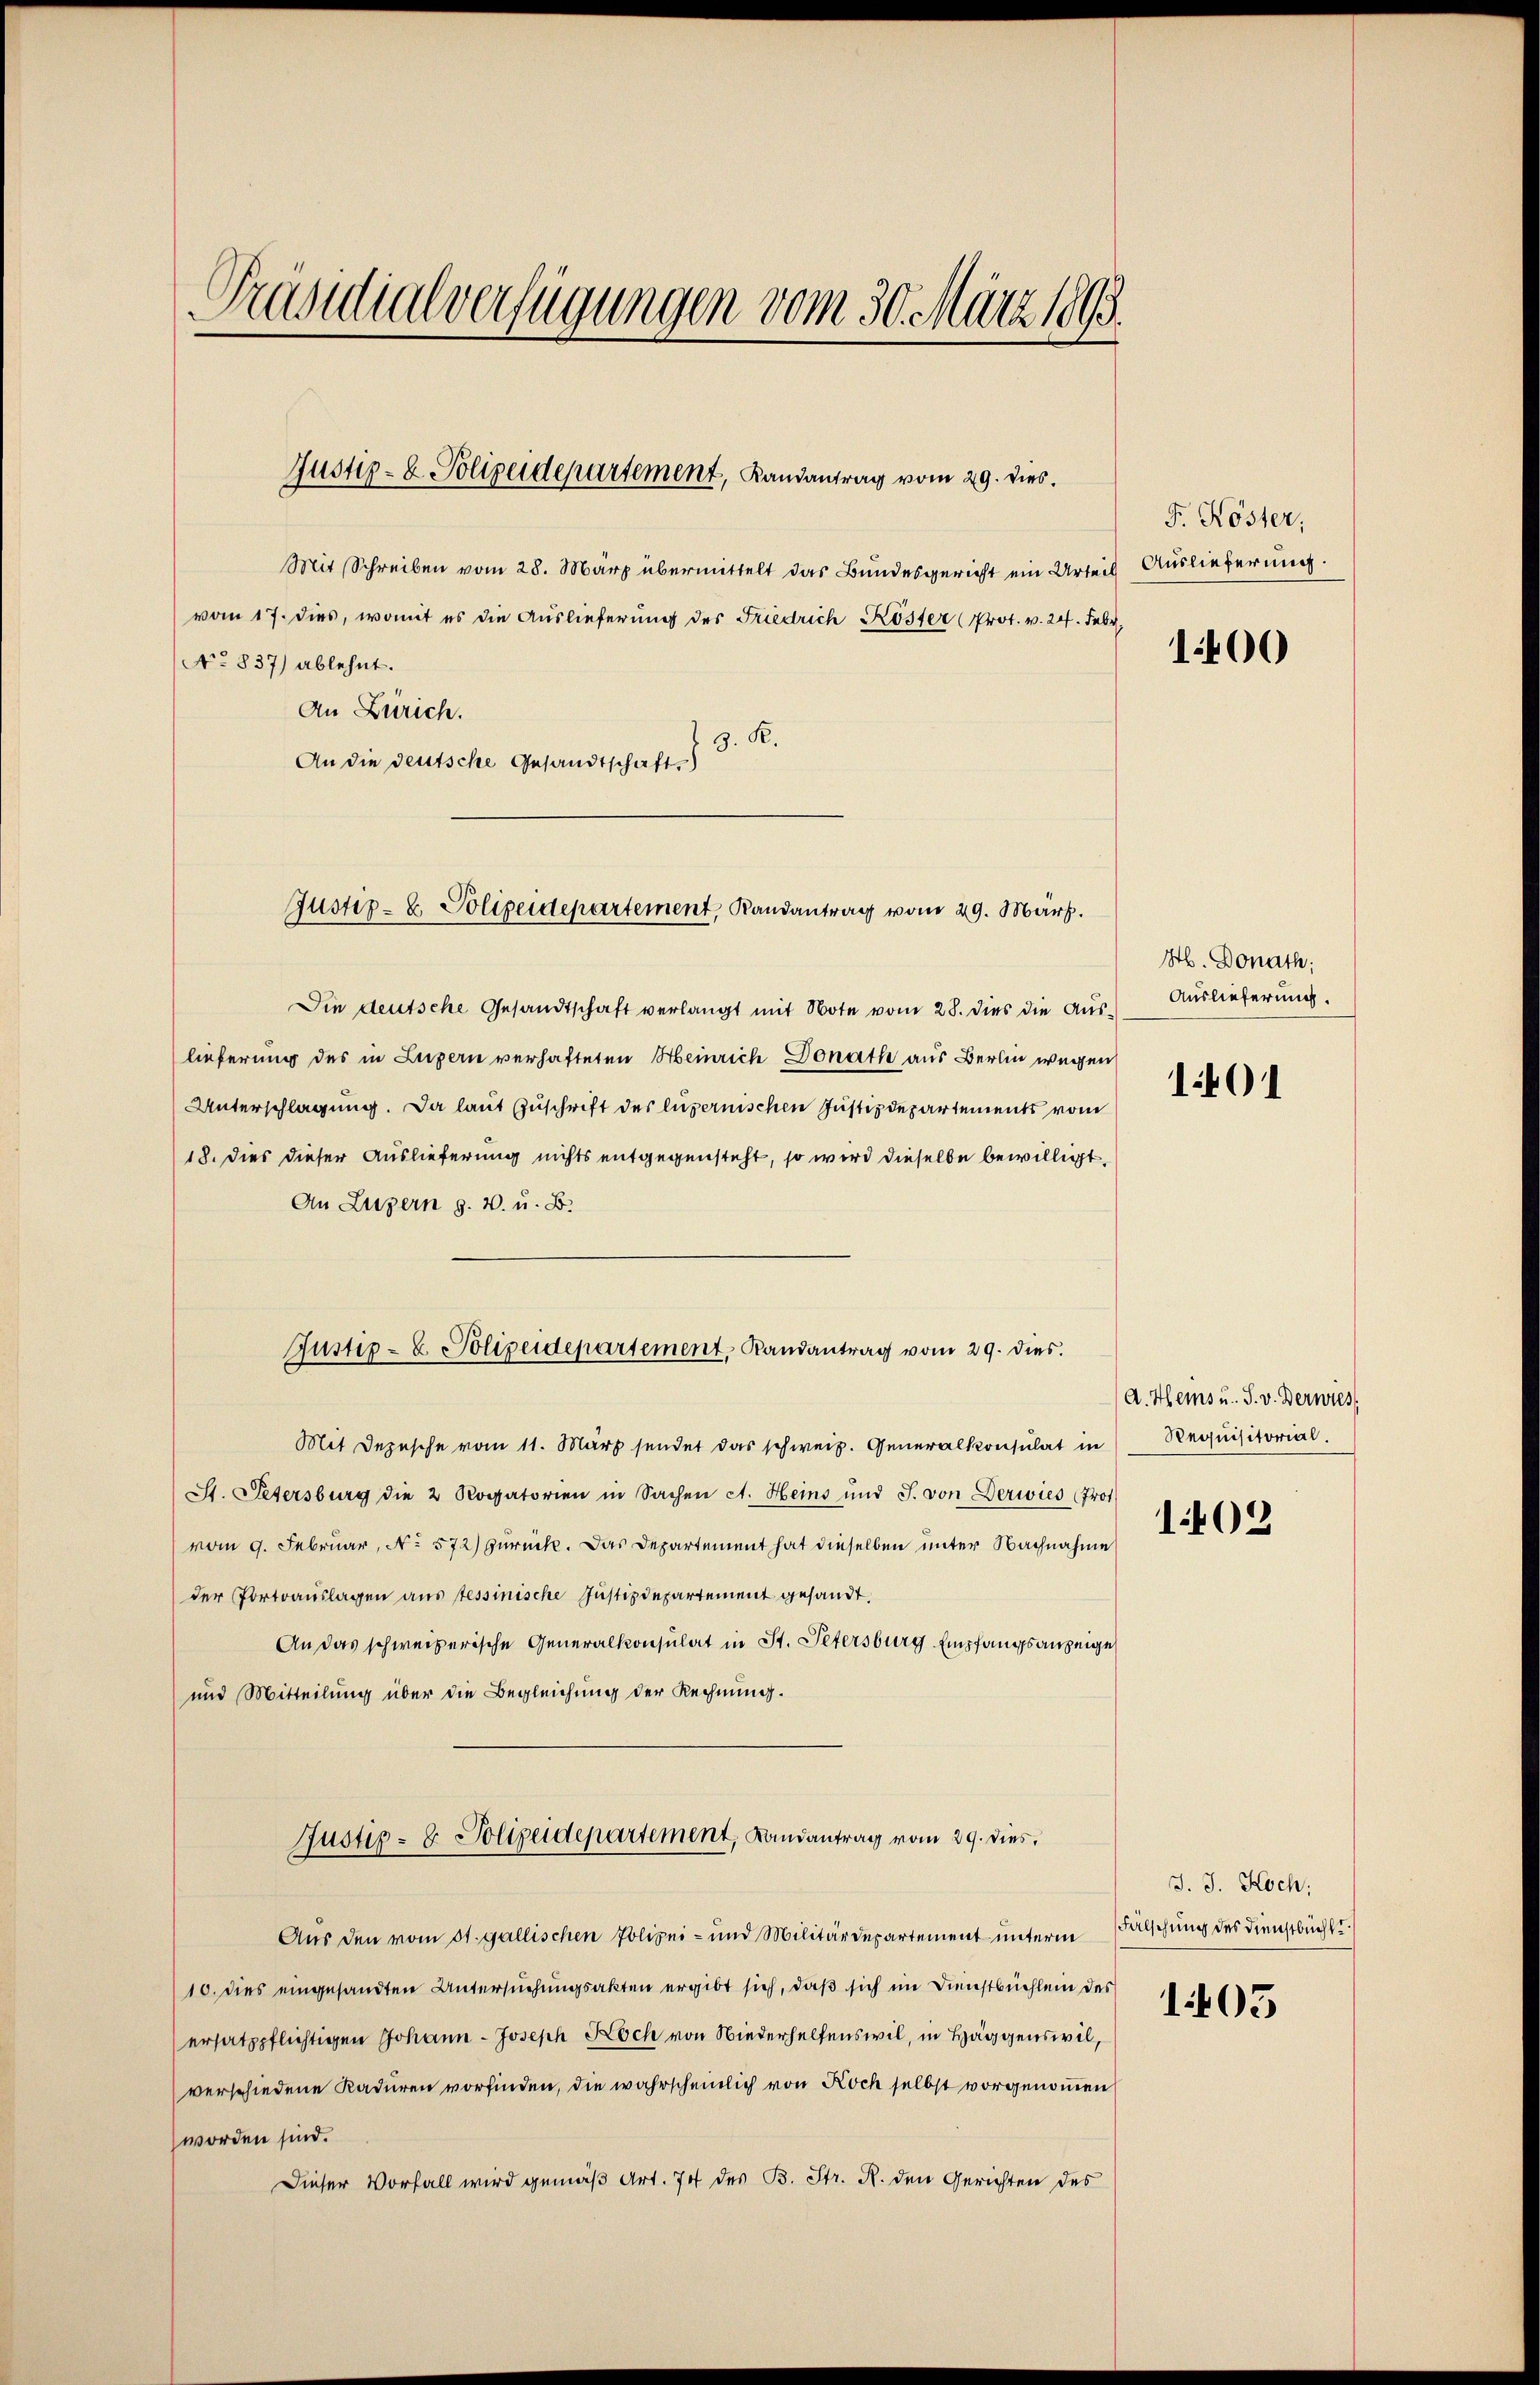
Präsidialverfügungen vom 30. März 1893.

Justiz- & Polizeidepartement, Landantrag vom 29. dies

vom 17. dies, womit es die Auslieferung des Friedrich Köster (Prot. v. 24. Febr.
No 837) ablehnt.
An Zürich.
An die deutsche Gesandtschaft)

Justiz- & Polizeidepartement, Randantrag vom 29. März.

Die deutsche Gesandtschaft verlangt mit Note vom 28. dies die Auslieferung des in Luzern verhafteten Heinrich Donath aus Berlin wegen
Unterschlagung. Da laut Zuschrift des luzernischen Justizdepartements vom
18. Dies dieser Auslieferung nichts entgegensteht, so wird dieselbe bewilligt.
An Luzern z. B. u. B.
Mit Depesche vom 11. März sendet das schweiz. Generalkonsulat in Requisitorial.
St. Petersburg die 2 Rogatorien in Sachen A. Heins und J. von Derwies Prot
vom 9. Februar, No 572) zurück. Das Departement hat dieselben unter Nachnahme
der Portoauslagen aus tessinische Justizdepartement gesandt,
An das schweizerische Generalkonsulat in St. Petersburg Empfangsanzeige
und Mitteilung über die Begleichung der Rechnung.
Justiz- & Polizeidepartement, Landantrag vom 29. dies
Aus den vom 31. gallischen Polizei- und Militärdepartement unterm Falschung des Dienstbüchlt.
10. dies eingesandten Untersuchungsakten ergibt sich, daß sich im Dienstbüchlein des
ersatzpflichtigen Johann Joseph Koch von Niederhelfenswil, in Häggenswil,
verschiedene Kaduren vorfinden, die wahrscheinlich von Koch selbst vorgenommen
worden sind.
Dieser Vorfall wird gemäß Art. 74 des B. Str. R. den Gerichten des

Justiz- & Polizeidepartement, Randantrag vom 29. dies.

Mit Schreiben vom 28. März übermittelt das Bundesgericht ein Urteil
3. R.

F. Köster,
Auslieferung.
100

H. Donath;
Auslieferung.

101

d. Heins u. S. v. Derwies,
1402

J. J. Koch:
1405